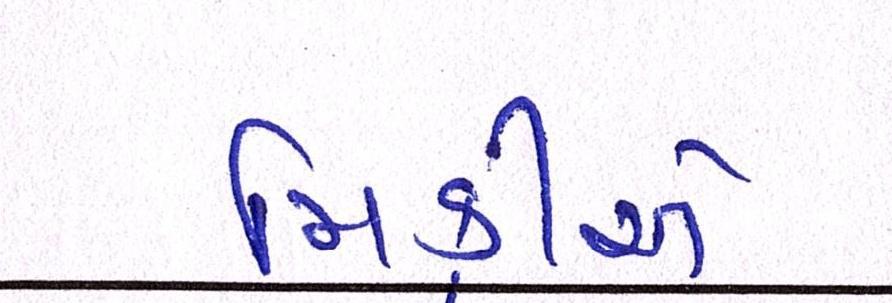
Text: મિક્રીએ